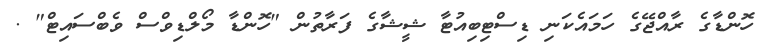
ހޮންޑާގެ ރާއްޖޭގެ ހަމައެކަނި ޑިސްޓިބިއުޓާ ޝީޝާގެ ފަރާތުން "ހޮންޑާ މޯލްޑިވްސް ވެބްސައިޓް" .